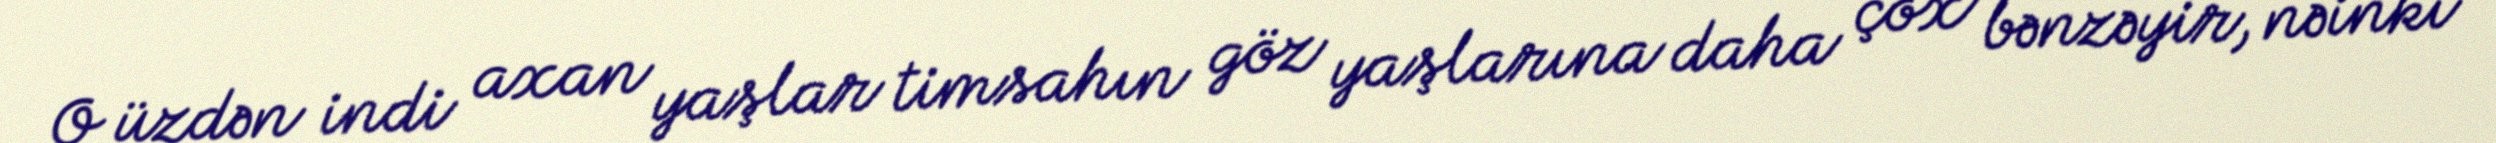
O üzdən indi axan yaşlar timsahın göz yaşlarına daha çox bənzəyir, nəinki